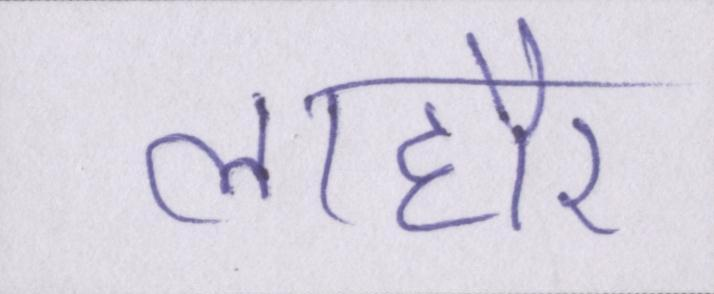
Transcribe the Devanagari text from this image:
लाहौर